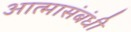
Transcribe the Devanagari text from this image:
आत्मासंबंधी